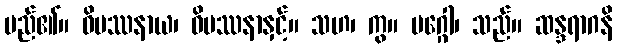
မည်၏။ ဝိပဿနာယ၊ ဝိပဿနာနှင့်။ သဟ၊ ကွ။ မဂ္ဂေါ၊ သည်။ ဆန္ဒရာဂနိ